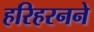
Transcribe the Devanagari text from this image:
हरिहरनने